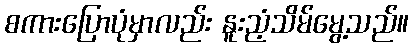
စကားပြောပုံမှာလည်း နူးညံ့သိမ်မွေ့သည်။